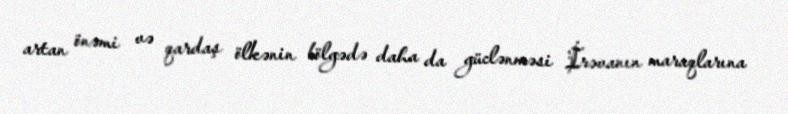
artan önəmi və qardaş ölkənin bölgədə daha da güclənməsi İrəvanın maraqlarına